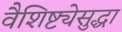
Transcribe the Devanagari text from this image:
वैशिष्ट्येसुद्धा